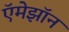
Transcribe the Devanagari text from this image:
ऍमेझॉन